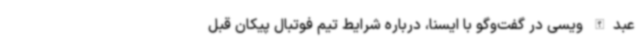
عبدالله ویسی در گفت‌وگو با ایسنا، درباره شرایط تیم فوتبال پیکان قبل